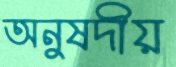
অনুষদীয়